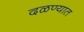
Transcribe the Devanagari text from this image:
दळण्यात